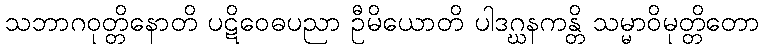
သဘာဂဝုတ္တိနောတိ ပဋိဝေဓပညာ ဦမိယောတိ ပါဒဂ္ဃနကန္တိ သမ္မာဝိမုတ္တိတော